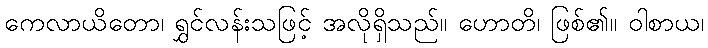
ကေလာယိတော၊ ရွှင်လန်းသဖြင့် အလိုရှိသည်။ ဟောတိ၊ ဖြစ်၏။ ဝါစာယ၊